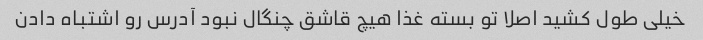
خیلی طول کشید اصلا تو بسته غذا هیچ قاشق چنگال نبود آدرس رو اشتباه دادن